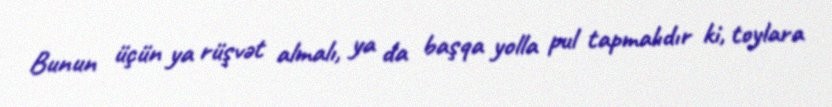
Bunun üçün ya rüşvət almalı, ya da başqa yolla pul tapmalıdır ki, toylara